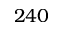
2 4 0